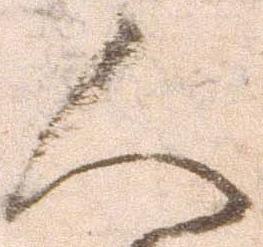
人